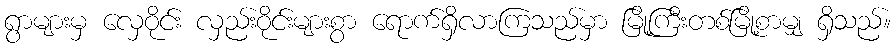
ရွာများမှ လှေဝိုင်း လှည်းဝိုင်းများစွာ ရောက်ရှိလာကြသည်မှာ မြို့ကြီးတစ်မြို့စာမျှ ရှိသည်။